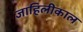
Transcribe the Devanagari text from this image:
जाहिलीकाल